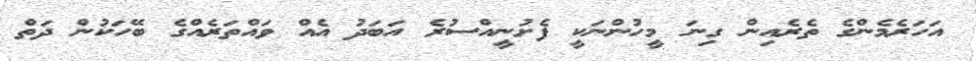
އަހަރެމެންގެ ތެރެއިން ގިނަ މީހުންނަކީ ފެށުނީއްސުރެ އަބަދު އެއް ވައްތަރެއްގެ ބޭހަކުން ދަތް